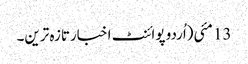
13 مئی(اُردو پوائنٹ اخبارتازہ ترین۔